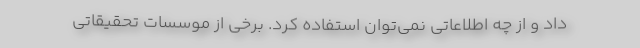
داد و از چه اطلاعاتی نمی‌توان استفاده کرد. برخی از موسسات تحقیقاتی